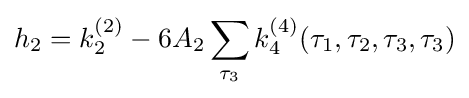
h_{2}=k_{2}^{(2)}-6A_{2}\sum _{\tau _{3}}k_{4}^{(4)}(\tau _{1},\tau _{2},\tau _{3},\tau _{3})